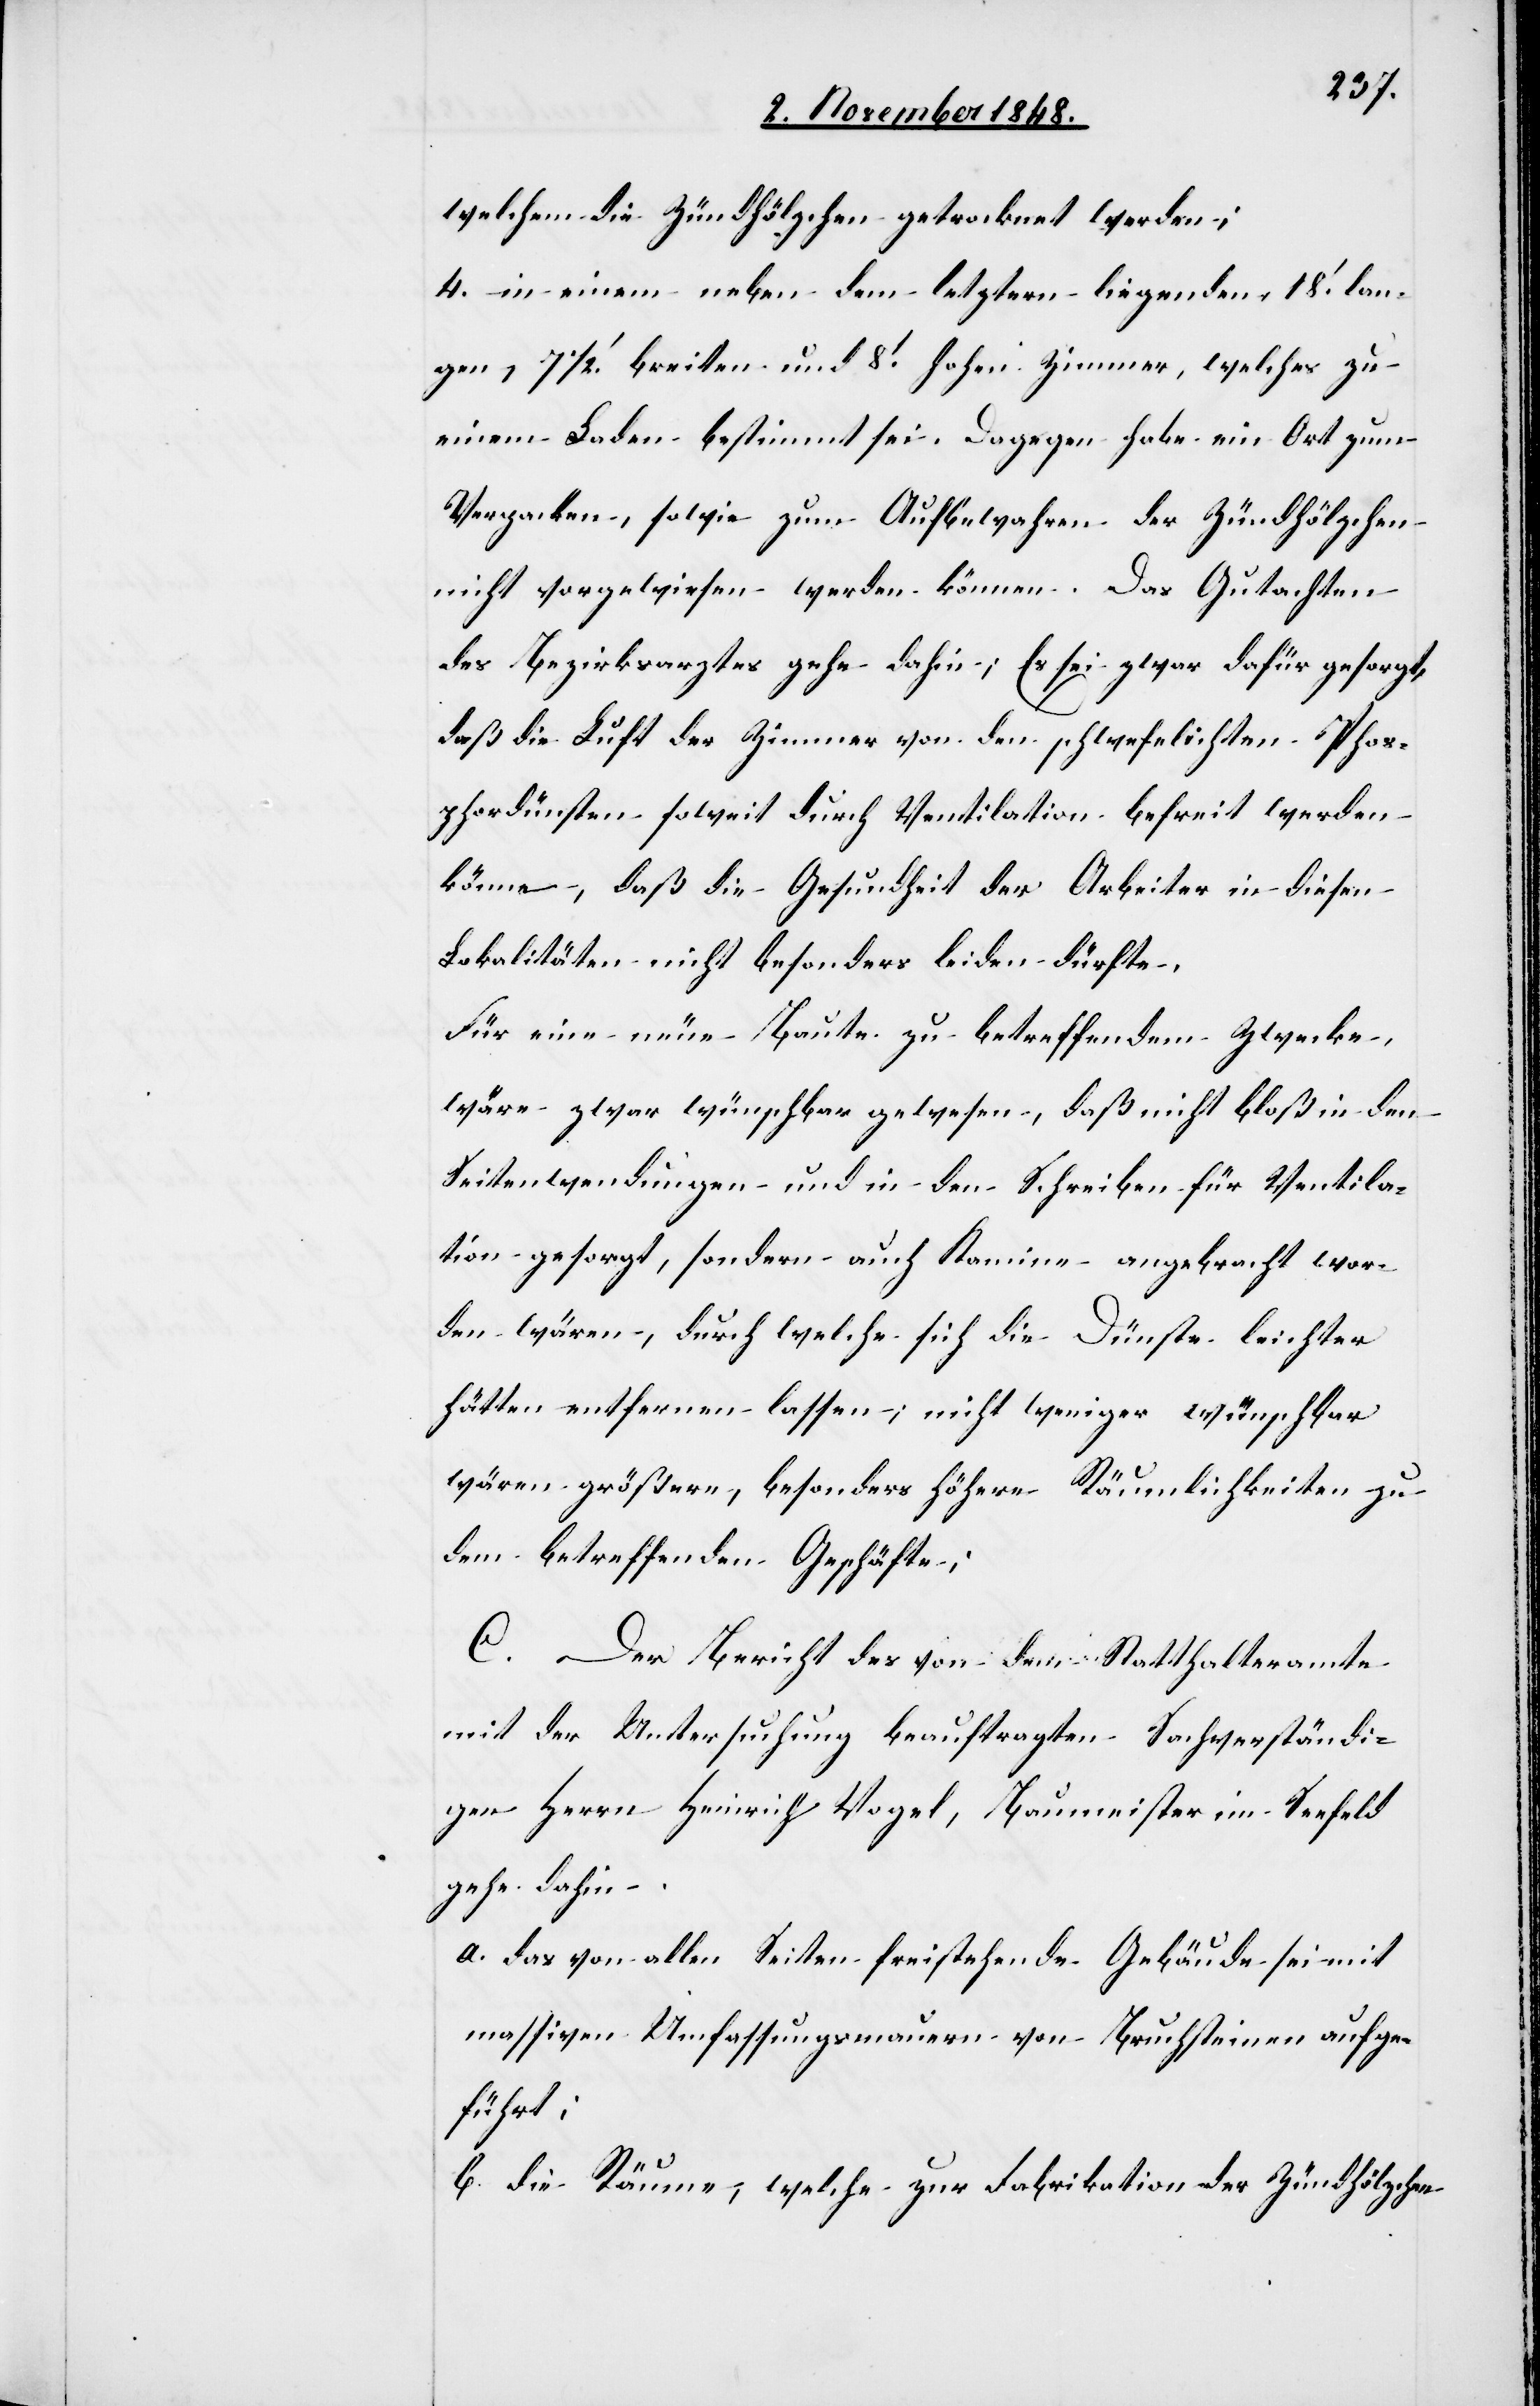
welchem die Zündhölzchen getrocknet werden;
4. in einem neben dem letztern liegenden 18’ lan¬
gen 7 1/2’ breiten und 8’ hohen Zimmer, welches zu
einem Laden bestimmt sei. Dagegen habe ein Ort zum
Verpacken, sowie zum Aufbewahren der Zündhölzchen
nicht vorgewiesen werden können. Das Gutachten
des Bezirksarztes gehe dahin; Es sei zwar dafür gesorgt,
daß die Luft der Zimmer von den schwefelichten Phos¬
phordünsten soweit durch Ventilation befreit werden
könne, daß die Gesundheit der Arbeiter in diesen
Lokalitäten nicht besonders leiden dürfte.
Für eine neue Baute zu betreffendem Zwecke,
wäre zwar wünschbar gewesen, daß nicht bloß in dem
Seitenwendungen und in den Schreiben [recte:
tion gesorgt, sondern auch Kamine angebracht wor¬
den, wären, durch welche sich die Dünste leichter
hätten entfernen lassen; nicht weniger wünschbar
wären größere, besonders höhere Räumlichkeiten zu
dem betreffenden Geschäfte;
C. Der Bericht des von dem Statthalteramte
mit der Untersuchung beauftragten Sachverständi¬
gen Herrn Heinrich Vogel, Baumeister im Seefeld
gehe dahin.
a. das von allen Seiten freistehende Gebäude sei mit
massiven Umfassungsmauern von Bruchsteinen aufge¬
führt;
b. die Räume, welche zur Fabrikation der Zündhölzchen